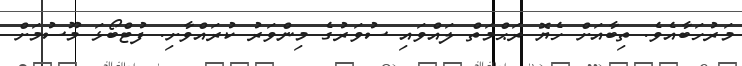
މަރުހަބާއެވެ. ތިބާއަށް ހެޔޮ ރަޙްމަތް ލައްވައި ސުވަރުގެ މިންވަރު ކުރައްވާށި. ފުޓްބޯޅަ މޫސުމަށް